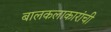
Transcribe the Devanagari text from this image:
बालकलाकारांची